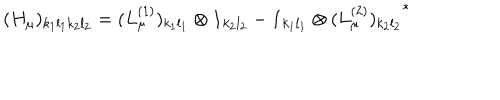
( H _ { \mu } ) _ { k _ { 1 } l _ { 1 } k _ { 2 } l _ { 2 } } = ( L _ { \mu } ^ { ( 1 ) } ) _ { k _ { 1 } l _ { 1 } } \otimes { \bf 1 } _ { k _ { 2 } l _ { 2 } } - { \bf 1 } _ { k _ { 1 } l _ { 1 } } \otimes { ( L _ { \mu } ^ { ( 2 ) } ) _ { k _ { 2 } l _ { 2 } } } ^ { * }